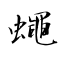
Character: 蠅